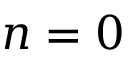
n = 0